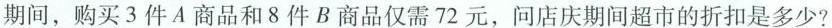
期间，购买3件A商品和8件B商品仅需72元，问店庆期间超市的折扣是多少？